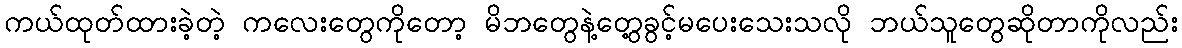
ကယ်ထုတ်ထားခဲ့တဲ့ ကလေးတွေကိုတော့ မိဘတွေနဲ့တွေ့ခွင့်မပေးသေးသလို ဘယ်သူတွေဆိုတာကိုလည်း